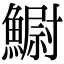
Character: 䲁